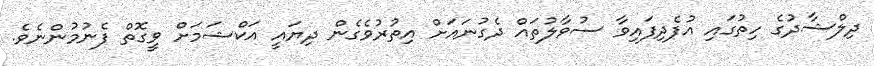
ދިލްޝާދުގެ ހިތުގައި އުފެދިފައިވާ ސުވާލުތައް ދެގުނައަށް އިތުރުވެގެން ދިޔައީ އަކްޝަމަށް ވީގޮތް ފެނުމުންނެވެ.